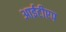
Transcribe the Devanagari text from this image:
आईटीएप